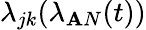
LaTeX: \lambda_{jk}(\lambda_{\mathbf{A}N}(t))